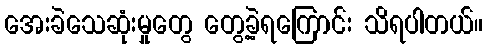
အေးခဲသေဆုံးမှုတွေ တွေ့ခဲ့ရကြောင်း သိရပါတယ်။